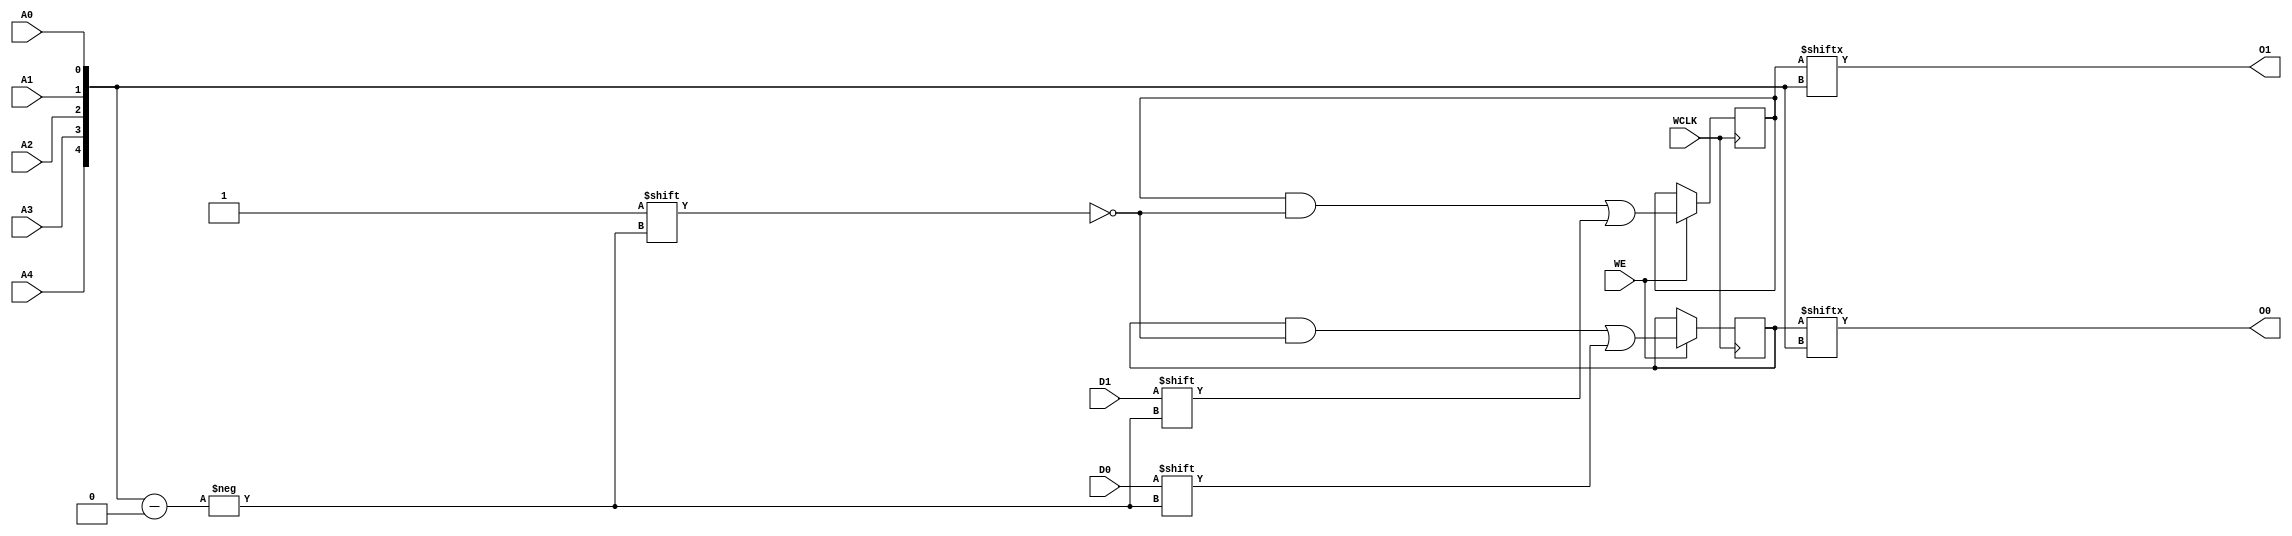
module RAM32X2S (
  output O0, O1,
  input A0, A1, A2, A3, A4,
  input D0, D1,
  (* clkbuf_sink *)
  (* invertible_pin = "IS_WCLK_INVERTED" *)
  input WCLK,
  input WE
);
  parameter [31:0] INIT_00 = 32'h00000000;
  parameter [31:0] INIT_01 = 32'h00000000;
  parameter [0:0] IS_WCLK_INVERTED = 1'b0;
  wire [4:0] a = {A4, A3, A2, A1, A0};
  wire clk = WCLK ^ IS_WCLK_INVERTED;
  reg [31:0] mem0 = INIT_00;
  reg [31:0] mem1 = INIT_01;
  assign O0 = mem0[a];
  assign O1 = mem1[a];
  always @(posedge clk)
    if (WE) begin
      mem0[a] <= D0;
      mem1[a] <= D1;
    end
endmodule